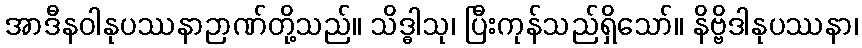
အာဒီနဝါနုပဿနာဉာဏ်တို့သည်။ သိဒ္ဓါသု၊ ပြီးကုန်သည်ရှိသော်။ နိဗ္ဗိဒါနုပဿနာ၊